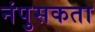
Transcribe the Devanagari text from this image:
नंपुसकता